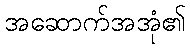
အဆောက်အအုံ၏